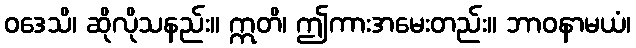
ဝဒေသိ၊ ဆိုလိုသနည်း။ ဣတိ၊ ဤကားအမေးတည်း။ ဘာဝနာမယံ၊